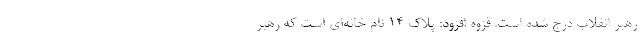
رهبر انقلاب درج شده است. قزوه افزود: پلاک ۱۴ نام خانه‌ای است که رهبر